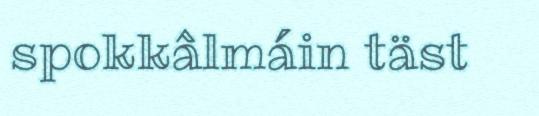
spokkâlmáin täst